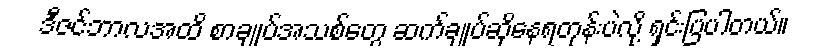
ဒီဇင်ဘာလအထိ စာချုပ်အသစ်တွေ ဆက်ချုပ်ဆိုနေရတုန်းပဲလို့ ရှင်းပြပါတယ်။